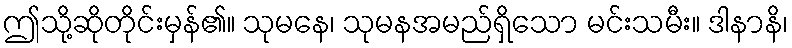
ဤသို့ဆိုတိုင်းမှန်၏။ သုမနေ၊ သုမနအမည်ရှိသော မင်းသမီး။ ဒါနာနိ၊